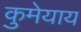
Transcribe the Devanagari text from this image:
कुमेयाय